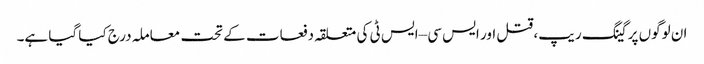
ان لوگوں پر گینگ ریپ، قتل اور ایس سی –ایس ٹی کی متعلقہ دفعات کے تحت معاملہ درج کیا گیا ہے۔